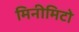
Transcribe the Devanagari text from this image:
मिनीमिटो